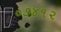
૦૭૪૧૨